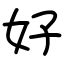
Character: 好